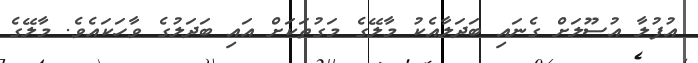
އުފުލާ އުސޫލަށް ގެނައި ބަދަލާއެކު މާލޭގެ މަގުތަކަށް އައި ބަދަލުގެ ވާހަކައެވެ. މާލޭގެ